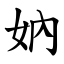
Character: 妠